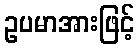
ဥပမာအားဖြင့်